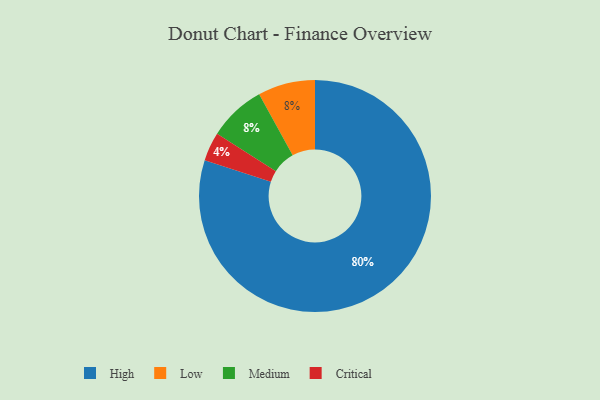
{"axis": {"x": "Category", "y": "Percentage"}, "legend": ["Critical", "High", "Low", "Medium"], "data": [{"x": "Low", "y": 8, "type": "Low"}, {"x": "Critical", "y": 4, "type": "Critical"}, {"x": "High", "y": 80, "type": "High"}, {"x": "Medium", "y": 8, "type": "Medium"}]}